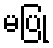
မပြု